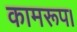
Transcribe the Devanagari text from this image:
कामरूप।